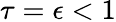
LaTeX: \tau=\epsilon<1